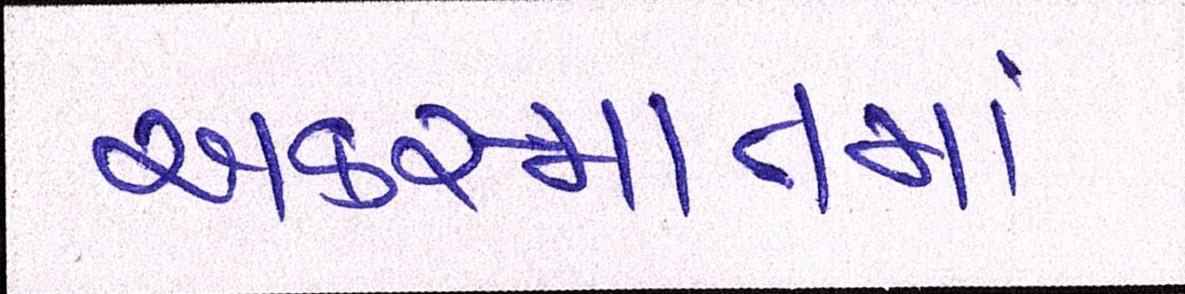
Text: અકસ્માતમાં